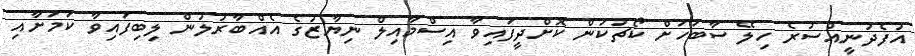
އުފެދުނީއްސުރެ ހިލޭ ސާބަހަށް ކޯޗުކަން ކޮށްދީފައިވާ އިސްމާއިލް ނިޔާޒުގެ އެއްބާރުލުން ލިބިފައިވާ ކަމަށާއި